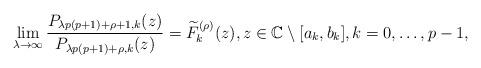
LaTeX: \begin{align*}\lim_{\lambda \to \infty}\frac{P_{\lambda p(p+1)+\rho+1,k}(z)}{P_{\lambda p(p+1)+\rho,k}(z)}=\widetilde{F}_{k}^{(\rho)}(z),z\in\mathbb{C}\setminus[a_{k},b_{k}], k=0,\ldots,p-1,\end{align*}